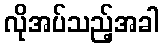
လိုအပ်သည့်အခါ